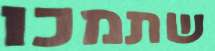
שתמכו